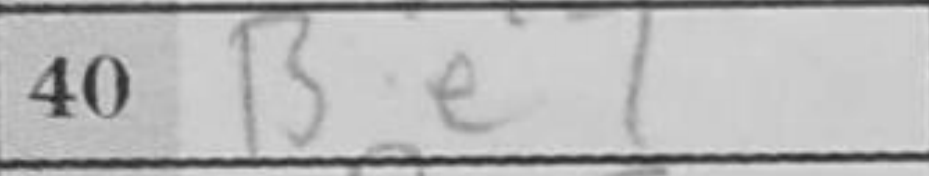
Transcription: Be7